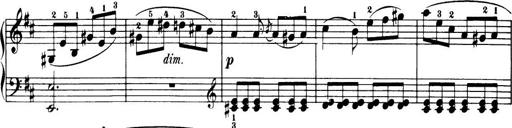
Title: 32 Sonatinas and Rondos for the Piano
Composer: Richard Kleinmichel